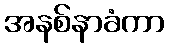
အနစ်နာခံကာ